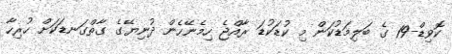
ކޮވިޑް-19 ގެ ބަލިމަޑުކަން މި ކުޑަކުޑަ ރާއްޖެ ހިމެނޭހެން ދުނިޔޭގެ ގާތްގަނޑަކަށް ހުރިހާ